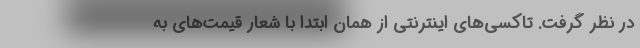
در نظر گرفت. تاکسی‌های اینترنتی از همان ابتدا با شعار قیمت‌های به